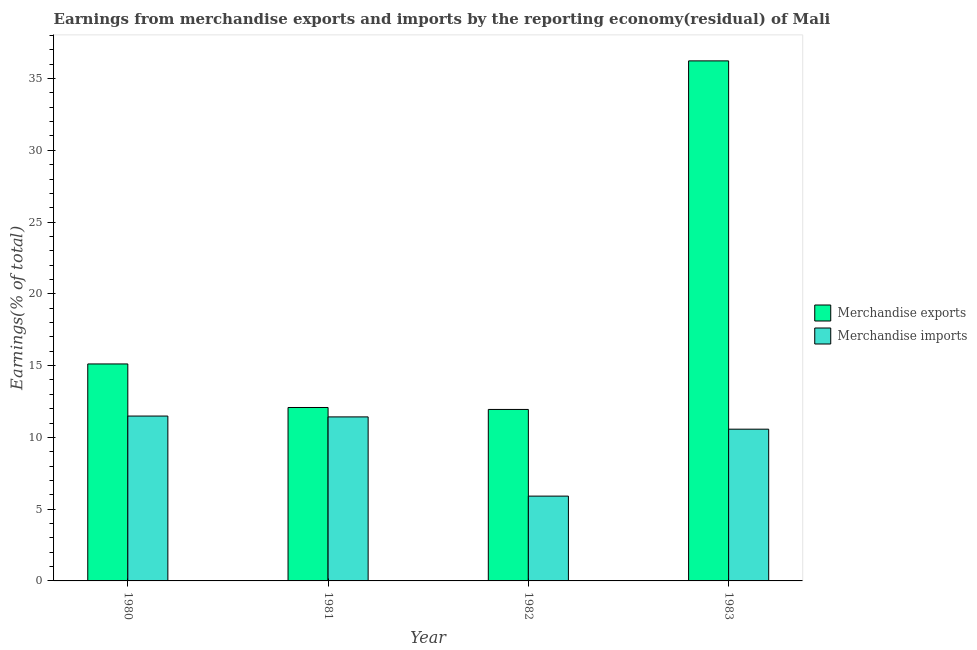
| Year | Merchandise exports | Merchandise imports |
 | --- | --- | --- |
 | 1980 | 15.1 | 11.5 |
 | 1981 | 12.1 | 11.4 |
 | 1982 | 11.9 | 5.91 |
 | 1983 | 36.2 | 10.6 |